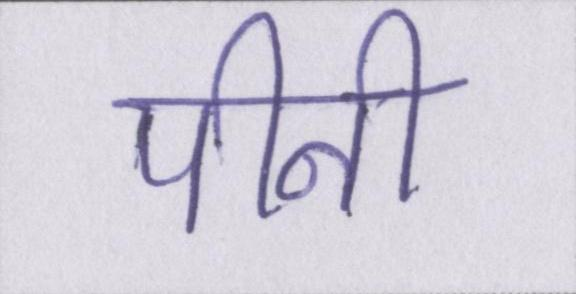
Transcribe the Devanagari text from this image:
पीनी